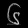
Digit: ၆